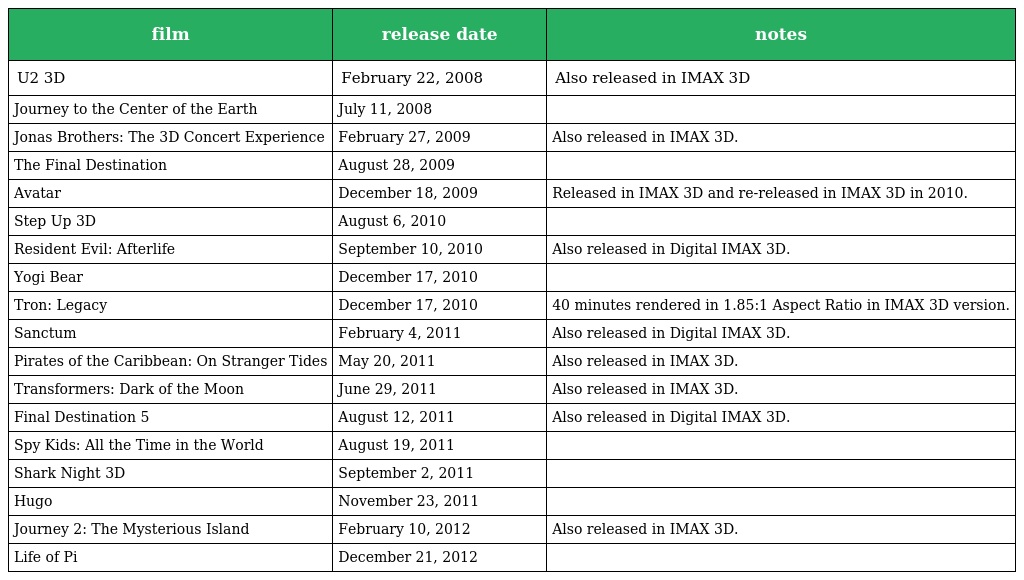
| film | release date | notes |
 | --- | --- | --- |
 | U2 3D | February 22, 2008 | Also released in IMAX 3D |
 | Journey to the Center of the Earth | July 11, 2008 |  |
 | Jonas Brothers: The 3D Concert Experience | February 27, 2009 | Also released in IMAX 3D. |
 | The Final Destination | August 28, 2009 |  |
 | Avatar | December 18, 2009 | Released in IMAX 3D and re-released in IMAX 3D in 2010. |
 | Step Up 3D | August 6, 2010 |  |
 | Resident Evil: Afterlife | September 10, 2010 | Also released in Digital IMAX 3D. |
 | Yogi Bear | December 17, 2010 |  |
 | Tron: Legacy | December 17, 2010 | 40 minutes rendered in 1.85:1 Aspect Ratio in IMAX 3D version. |
 | Sanctum | February 4, 2011 | Also released in Digital IMAX 3D. |
 | Pirates of the Caribbean: On Stranger Tides | May 20, 2011 | Also released in IMAX 3D. |
 | Transformers: Dark of the Moon | June 29, 2011 | Also released in IMAX 3D. |
 | Final Destination 5 | August 12, 2011 | Also released in Digital IMAX 3D. |
 | Spy Kids: All the Time in the World | August 19, 2011 |  |
 | Shark Night 3D | September 2, 2011 |  |
 | Hugo | November 23, 2011 |  |
 | Journey 2: The Mysterious Island | February 10, 2012 | Also released in IMAX 3D. |
 | Life of Pi | December 21, 2012 |  |